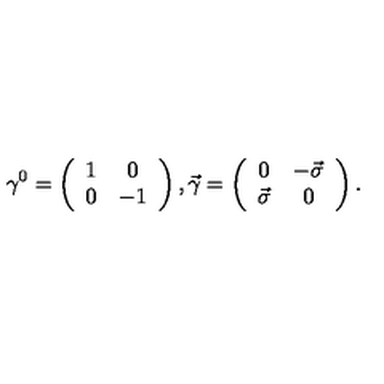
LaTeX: \gamma ^ { 0 } = \left( \begin{array} { c c } { 1 } & { 0 } \\ { 0 } & { - 1 } \\ \end{array} \right) , \vec { \gamma } = \left( \begin{array} { c c } { 0 } & { - \vec { \sigma } } \\ { \vec { \sigma } } & { 0 } \\ \end{array} \right) .